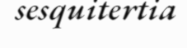
sesquitertia